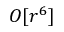
O [ r ^ { 6 } ]